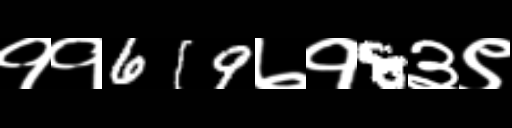
Text: ११619७१8३९